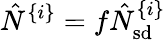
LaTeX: \hat{N}^{\{ i\} }=f\hat{N}_{\mathrm{sd}}^{\{ i\} }